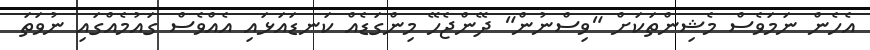
އެހެން ނަމަވެސް މެޝިންތަކަށް "ވިސްނުން" ދޭންޖެހޭ މިންގަޑެއް ކަނޑައަޅައި އެއްވެސް ގައުމެއްގައި ނުވަތަ